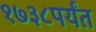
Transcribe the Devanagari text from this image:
१७३८पर्यंत